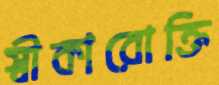
স্বীকারোক্তি